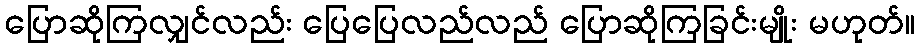
ပြောဆိုကြလျှင်လည်း ပြေပြေလည်လည် ပြောဆိုကြခြင်းမျိုး မဟုတ်။